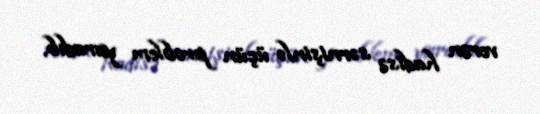
verən hadisə sərnişinlə üçün problem yaradıb.